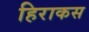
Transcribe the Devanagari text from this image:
हिराकस